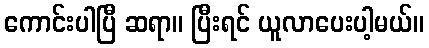
ကောင်းပါပြီ ဆရာ။ ပြီးရင် ယူလာပေးပါ့မယ်။